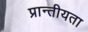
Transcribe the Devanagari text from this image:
प्रान्तीयता